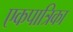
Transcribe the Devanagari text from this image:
एकपात्रिका